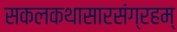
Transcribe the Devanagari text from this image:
सकलकथासारसंग्रहम्